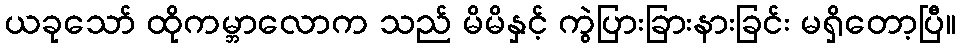
ယခုသော် ထိုကမ္ဘာလောက သည် မိမိနှင့် ကွဲပြားခြားနားခြင်း မရှိတော့ပြီ။